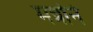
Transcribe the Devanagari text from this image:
मन्रोने